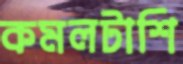
কমলটাশি